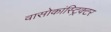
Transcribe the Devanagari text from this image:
वासोकांस्ट्रिक्टर